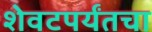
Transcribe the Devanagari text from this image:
शेवटपर्यंतचा